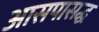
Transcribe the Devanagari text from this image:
आसपासद्ध